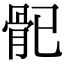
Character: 𩨕